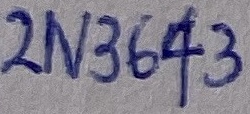
Text: 2N3643